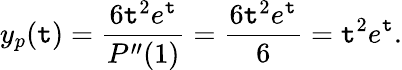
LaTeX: y_{p}(\mathtt{t})={\frac{{6\mathtt{t}^{2}e^{\mathtt{t}}}}{{P^{\prime\prime}(1)}}}={\frac{{6\mathtt{t}^{2}e^{\mathtt{t}}}}{{6}}}=\mathtt{t}^{2}e^{\mathtt{t}}.